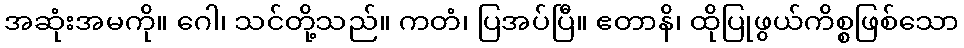
အဆုံးအမကို။ ဂေါ၊ သင်တို့သည်။ ကတံ၊ ပြအပ်ပြီ။ ဧတာနိ၊ ထိုပြုဖွယ်ကိစ္စဖြစ်သော